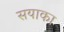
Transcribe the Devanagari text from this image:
सयाका